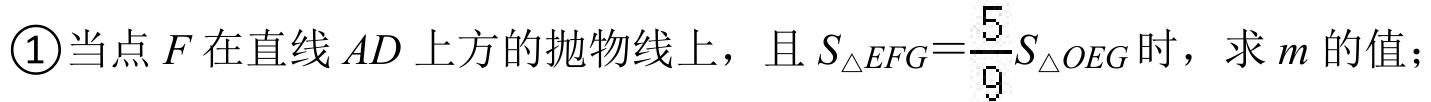
\textcircled{1}当点\(F\)在直线\(AD\)上方的抛物线上，且\(S_{\triangle EFG}=\frac{5}{9}S_{\triangle OEG}\)时，求\(m\)的值；